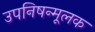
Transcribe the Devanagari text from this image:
उपनिषन्मूलक